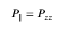
P _ { \parallel } = P _ { z z }